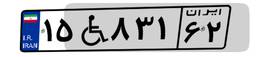
۱۵W۸۳۱۶۲